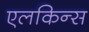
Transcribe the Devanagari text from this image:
एलकिन्स